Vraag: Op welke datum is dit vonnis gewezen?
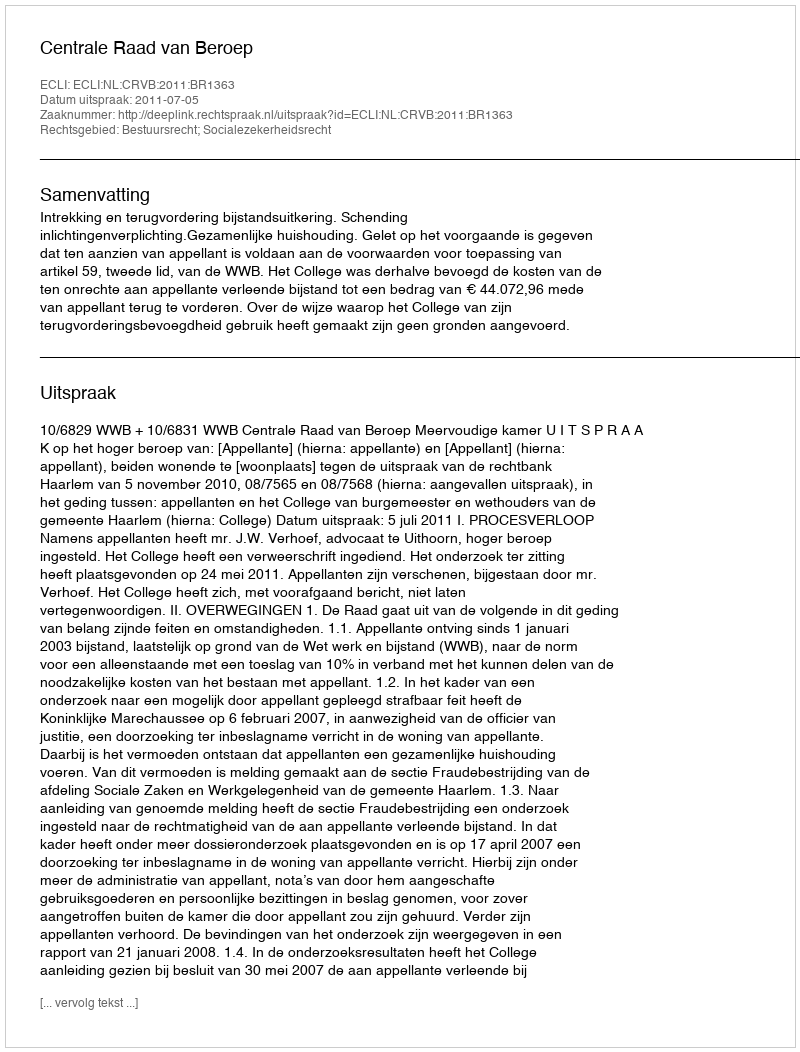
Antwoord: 2011-07-05